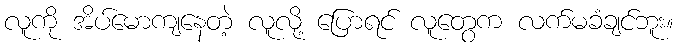
လူကို အိပ်မောကျနေတဲ့ လူလို့ ပြောရင် လူတွေက လက်မခံချင်ဘူး။